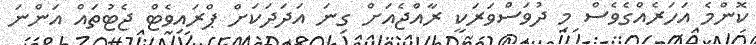
ކޮންމެ އަހަރެއްގެވެސް މި ދުވަސްވަރަކީ ރާއްޖެއަށް ގިނަ އަދަދަކަށް ޕްރައިވެޓް ޖެޓުތައް އަންނަ